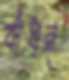
বাঁধন্